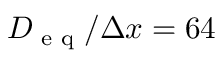
D _ { \textup { e q } } / \Delta x = 6 4